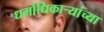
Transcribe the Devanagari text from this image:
धर्माधिकाऱ्यांच्या